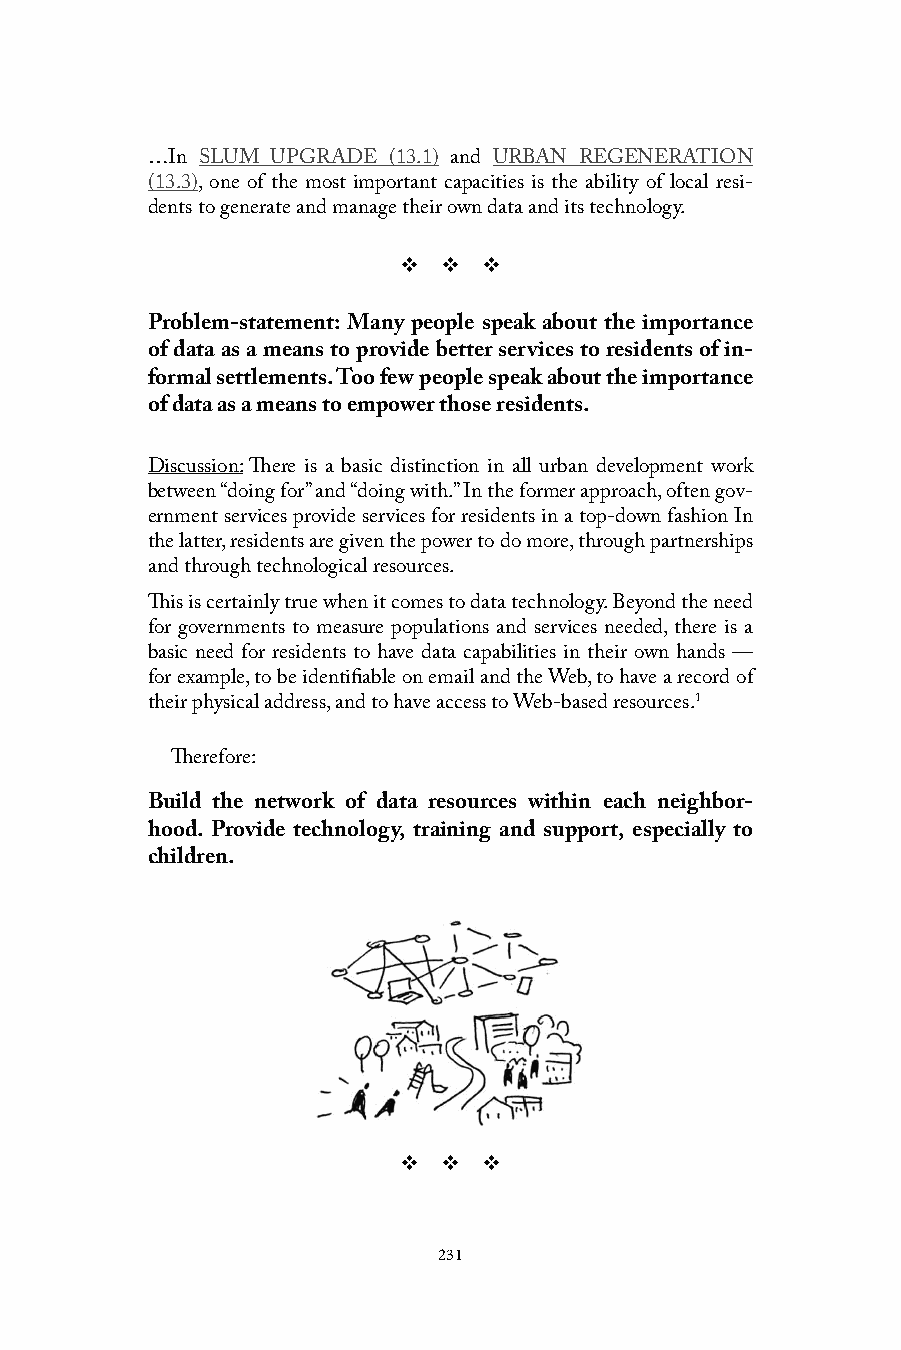
…In SLUM UPGRADE (13.1) and URBAN REGENERATION
 (13.3), one of the most important capacities is the ability of local resi-
 dents to generate and manage their own data and its technology.
 v  v  v
 Problem-statement: Many people speak about the importance
 of data as a means to provide better services to residents of in-
 formal settlements. Too few people speak about the importance
 of data as a means to empower those residents.
 Discussion: There is a basic distinction in all urban development work
 between “doing for” and “doing with.” In the former approach, often gov-
 ernment services provide services for residents in a top-down fashion In
 the latter, residents are given the power to do more, through partnerships
 and through technological resources.
 This is certainly true when it comes to data technology. Beyond the need
 for governments to measure populations and services needed, there is a
 basic need for residents to have data capabilities in their own hands —
 for example, to be identifiable on email and the Web, to have a record of
 their physical address, and to have access to Web-based resources.1
 Therefore:
 Build the network of data resources within each neighbor-
 hood. Provide technology, training and support, especially to
 children.
 v  v  v
 231